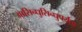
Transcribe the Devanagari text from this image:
आसिन्धुसिन्धुपर्यंता